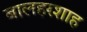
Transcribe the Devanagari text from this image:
बालहरशाह